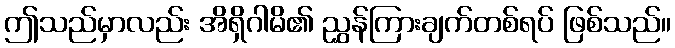
ဤသည်မှာလည်း အိရှိဂါမိ၏ ညွှန်ကြားချက်တစ်ရပ် ဖြစ်သည်။